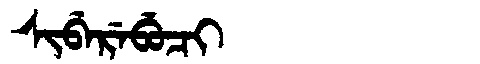
Manchu: ᠰᡳᠪᡝᡵᡝᠪᡠᠴᡳ
Romanization: SIBEREBUCI